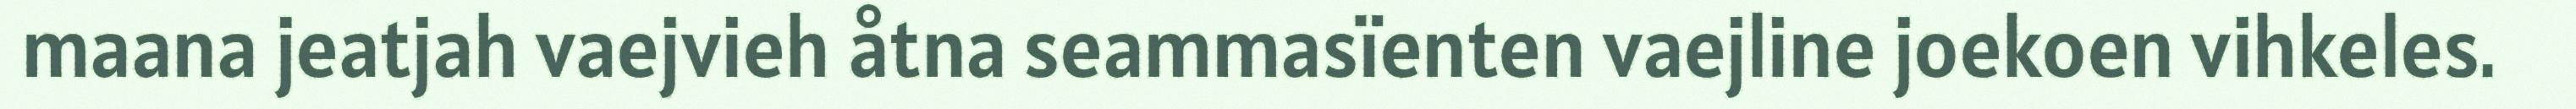
maana jeatjah vaejvieh åtna seammasïenten vaejline joekoen vihkeles.